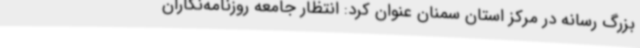
بزرگ رسانه در مرکز استان سمنان عنوان کرد: انتظار جامعه روزنامه‌نگاران